Report on horse surra - Volume II, Part II
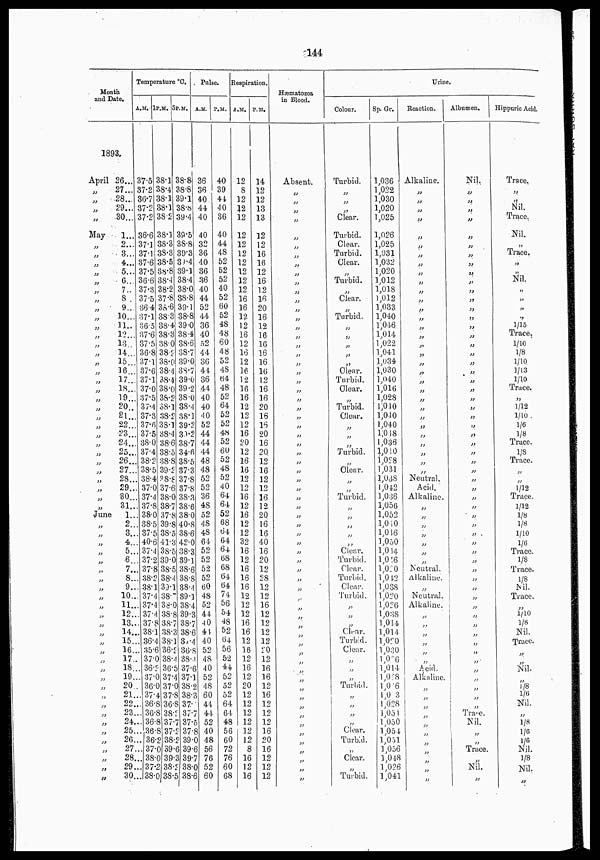
144
Month
and Date.
1893.
April
„
„
„
„
May
„
„
„
„
„
„
„
„
„
„
„
„
„
„
„
„
„
„
„
„
„
„
„
„
„
„
„
„
„
„
June
„
„
„
„
„
„
„
„
„
„
„
„
„
„
„
„
„
„
„
„
„
„
„
„
„
„
„
„
„
26...
27...
28...
29...
30...
1...
2...
3...
4...
5...
6...
7...
8 ...
9...
10...
11...
12...
13...
14...
15...
16...
17...
18...
19...
20...
21...
22...
23...
24...
25...
26...
27...
28...
29...
30...
31...
1...
2...
3...
4...
5...
6...
7...
8...
9...
10...
11...
12...
13...
14...
15...
16...
17...
18...
19...
20...
21...
22...
23...
24...
25...
26...
27...
28...
29...
30...
Temperature °C.
A.M.
37.5
37.2
36.7
37.2
37.2
36.6
37.1
37.1
37.6
37.5
36.6
37.3
37.5
36.4
37.1
36.5
37.6
37.5
36.8
37.1
37.6
37.1
37.0
37.5
37.4
37.3
37.6
37.5
38.0
37.4
38.2
38.5
38.4
37.0
37.4
37.8
38.0
38.5
37.5
40.6
37.4
37.2
37.8
38.2
38.1
37.4
37.4
37.4
37.8
38.1
36.4
35.6
37.0
36.2
37.0
36.0
37.4
36.8
36.8
36.8
36.8
36.8
37.0
38.0
37.2
38.0
1P.M.
38.1
38.4
38.1
38.1
38.2
38.1
38.3
38.3
38.5
38.8
38.4
38.2
37.8
38.6
38.3
38.4
38.3
38.0
38.2
38.0
38.4
38.4
38.0
38.2
38.1
38.2
38.1
38.4
38.6
38.5
38.8
39.2
38.8
37.6
38.0
38.7
37.8
39.8
38.5
41.3
38.5
39.0
38.5
38.4
39.1
38.-
38.0
38.8
38.7
38.3
38.1
36.2
38.4
36.5
37.4
37.0
37.8
36.8
38.2
37.7
37.2
38.2
39.6
39.3
38.2
38.5
5 P.M.
38.8
38.8
39.1
38.8
39.4
39.5
38.8
39.3
39.4
39.1
38.4
38.0
38.8
39.1
38.8
39.0
38.4
38.6
38.7
39.0
38.7
39.0
39.2
38.0
38.4
38.1
39.2
39.2
38.7
34.6
38.5
37.3
37.8
37.8
38.3
38.6
38.0
40.8
38.6
42.0
38.3
39.1
38.6
38.8
38.4
39.1
38.4
39.3
38.7
38.6
37.4
36.8
38.4
37.6
37.1
38.2
38.3
37.
37.7
37.5
37.8
39.0
39.6
39.7
38.0
38.6
Pulse.
A.M.
36
36
40
44
40
40
32
36
40
36
36
40
44
52
44
36
40
52
44
36
44
36
44
40
40
40
52
44
44
44
48
48
52
52
36
48
52
48
48
64
52
52
52
52
60
48
52
44
40
44
40
52
48
40
52
48
60
44
44
52
40
48
56
76
52
60
P.M.
40
39
44
40
36
40
44
48
52
52
52
40
52
60
52
48
48
60
48
52
48
64
48
52
64
52
52
48
52
60
52
48
52
40
64
64
52
68
64
64
64
68
68
64
64
74
56
54
48
52
64
56
52
44
52
52
52
64
64
48
56
60
72
76
60
68
Respiration.
A.M.
12
8
12
12
12
12
12
12
12
12
12
12
16
16
12
12
16
12
16
12
16
12
16
16
12
12
12
16
20
12
16
16
12
12
16
12
16
12
12
32
16
12
16
16
16
12
12
12
16
16
12
16
12
16
12
20
12
12
12
12
12
12
8
16
12
16
P.M.
14
12
12
13
13
12
12
16
16
12
16
12
16
20
16
12
16
16
16
16
16
12
16
16
20
16
16
20
16
20
12
16
12
12
16
12
20
16
16
40
16
20
12
28
12
12
16
12
12
12
12
20
12
16
16
12
16
12
12
12
16
20
16
12
12
12
Hæmatozoa
in Blood.
Absent.
„
„
„
„
„
„
„
„
„
„
„
„
„
„
„
„
„
„
„
„
„
„
„
„
„
„
„
„
„
„
„
„
„
„
„
„
„
„
„
„
„
„
„
„
„
„
„
„
„
„
„
„
„
„
„
„
„
„
„
„
„
„
„
„
„
Urine.
Colour.
Turbid.
„
„
„
Clear.
Turbid.
Clear.
Turbid.
Clear.
„
Turbid.
„
Clear.
„
Turbid.
„
„
„
„
„
Clear.
Turbid.
Clear.
„
Turbid.
Clear.
„
„
„
Turbid.
„
Clear.
„
„
Turbid.
„
„
„
„
„
Clear.
Turbid.
Clear.
Turbid.
Clear.
Turbid.
„
„
„
Clear.
Turbid.
Clear.
„
„
„
Turbid.
„
„
„
„
Clear.
Turbid.
„
Clear.
„
Turbid.
Sp. Gr.
1,036
1,022
1,030
1,020
1,025
1,026
1,025
1,031
1,032
1,020
1,012
1,018
1,012
1,033
1,040
1,046
1,014
1,022
1,041
1,034
1,030
1,040
1,016
1,028
1,040
1,040
1,040
1,018
1,036
1,010
1,028
1,031
1,038
1,042
1,036
1,056
1,052
1,040
1,046
1,050
1,014
1,016
1,020
1,042
1,038
1,020
1,026
1,038
1,044
1,014
1,020
1,030
1,026
1,014
1,028
1,0 6
1,0 3
1,028
1,054
1,050
1,054
1,051
1,056
1,048
1,026
1,041
Reaction.
Alkaline.
„
„
„
„
„
„
„
„
„
„
„
„
„
„
„
„
„
„
„
„
„
„
„
„
„
„
„
„
„
„
„
Neutral.
Acid.
Alkaline.
„
„
„
„
„
„
„
Neutral.
Alkaline.
„
Neutral.
AIkaline.
„
„
„
„
„
„
Acid.
Alkaline.
„
„
„
„
„
„
„
„
„
„
„
Albumen.
Nil.
„
„
„
„
„
„
„
„
„
„
„
„
„
„
„
„
„
„
„
„
„
„
„
„
„
„
„
„
„
„
„
„
„
„
„
„
„
„
„
„
„
„
„
„
„
„
„
„
„
„
„
„
„
„
„
„
„
Trace.
Nil.
„
„
Trace.
„
Nil.
„
Hippuric Acid.
Trace.
„
„
Nil.
Trace.
Nil.
„
Trace.
„
„
Nil.
„
„
„
„
1/15
Trace,
1/10
1/8
1/10
1/13
1/10
Trace.
„
1/12
1/10
1/6
1/8
Trace.
1/8
Trace.
„
„
1/12
Trace.
1/12
1/8
1/8
1/10
1/6
Trace.
1/8
Trace.
1/8
Nil.
Trace.
„
1/10
1/8
Nil.
Trace.
„
„
Nil.
„
1/8
1/6
Nil.
„
1/8
1/6
1/6
Nil.
1/8
Nil.
„